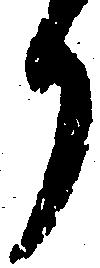
り